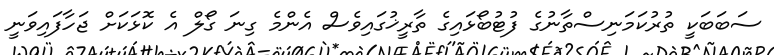
ސަބަބަކީ ތުރުކަމަނިސްތާނުގެ ފުޓުބޯޅައިގެ ތާރީޚުގައިވެސް އެންމެ ގިނަ ގޯލް އެ ކޮޅަކަށް ޖަހާފައިވަނީ